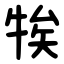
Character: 㸻